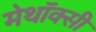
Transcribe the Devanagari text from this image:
मेथॉक्सी